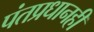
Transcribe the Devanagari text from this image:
पंतप्रधानही